Scientific memoirs by medical officers of the Army of India - Part II,
Year: 1886
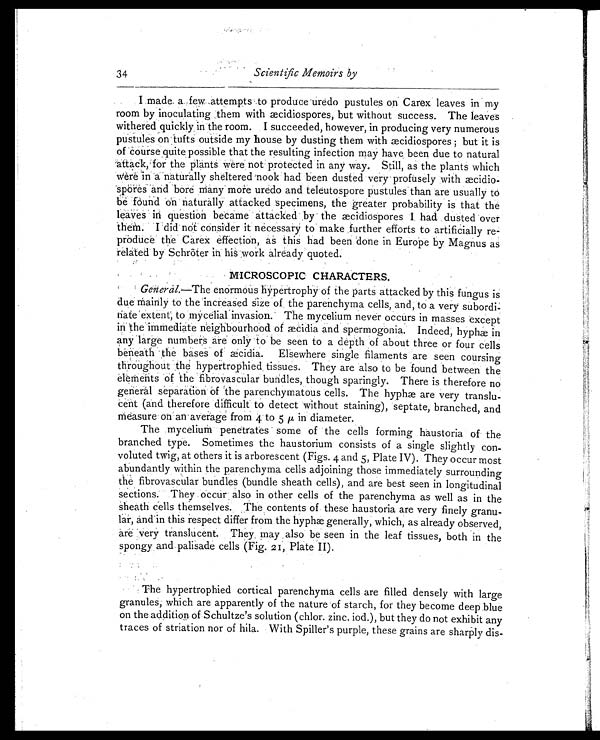
34
Scientific Memoirs by
I made a few attempts to produce uredo pustules on Carex leaves in my
room by inoculating them with æcidiospores, but without success. The leaves
withered quickly in the room. I succeeded, however, in producing very numerous
pustules on tufts outside my house by dusting them with æcidiospores ; but it is
of course quite possible that the resulting infection may have been due to natural
attack, for the plants were not protected in any way. Still, as the plants which
Were in a naturally sheltered nook had been dusted very profusely with æcidio-
spores and bore many mote uredo and teleutospore pustules than are usually to
be found on naturally attacked specimens, the greater probability is that the
leaves in question became attacked by the æcidiospores I had dusted over
them. I did not consider it necessary to make further efforts to artificially re-
produce the Carex effection, as this had been done in Europe by Magnus as
related by Schröter in his work already quoted.
MICROSCOPIC CHARACTERS.
General. —The enormous hypertrophy of the parts attacked by this fungus is
due mainly to the increased size of the parenchyma cells, and, to a very subordi-
nate extent, to mycelial invasion. The mycelium never occurs in masses except
in the immediate neighbourhood of æcidia and spermogonia. Indeed, hyphæ in
any large numbers are only to be seen to a depth of about three or four cells
beneath the bases of æci di a. El sewhere si ngl e fi l aments are seen coursi ng
throughout the hypertrophied tissues. They are also to be found between the
elements of the fibrovascular bundles, though sparingly. There is therefore no
general separation Of the parenchymatous cells. The hyphæ are very translu-
cent (and therefore difficult to detect without staining), septate, branched, and
Measure on an average from 4 to 5 µ in diameter.
The mycelium penetrates some of the cells forming haustoria of the
branched type. Sometimes the haustorium consists of a single slightly con-
voluted twig, at others it is arborescent (Figs. 4 and 5, Plate IV). They occur most
abundantly within the parenchyma cells adjoining those immediately surrounding
the fibrovascular bundles (bundle sheath cells), and are best seen in longitudinal
sections: They occur also in other cells of the parenchyma as well as in the
sheath cells themselves. The contents of these haustoria are very finely granu-
lar, and in this respect differ from the hyphæ generally, which, as already observed,
are very translucent. They may also be seen in the leaf tissues, both in the
spongy, and palisade cells (Fig. 21, Plate II).
The hypertrophied cortical parenchyma cells are filled densely with large
granules; which are apparently of the nature of starch, for they become deep blue
on the addition of Schultze's solution (chlor. zinc. iod.), but they do not exhibit any
traces of striation nor of hila. With Spiller's purple, these grains are sharply dis